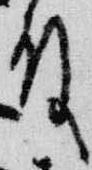
殿